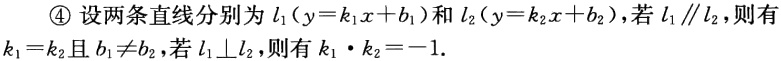
\textcircled{4} 设两条直线分别为 \(l_1(y = k_1x + b_1)\) 和 \(l_2(y = k_2x + b_2)\)，若 \(l_1\parallel l_2\)，则有 \(k_1 = k_2\)且 \(b_1\neq b_2\)，若 \(l_1\perp l_2\)，则有 \(k_1\cdot k_2=-1\).